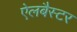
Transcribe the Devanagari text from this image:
ऐलबैस्टर